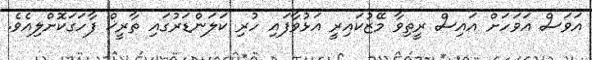
އަވަސް އަވަހަށް އައިސް ރީތިވާ މޭޒުކައިރީ އަޅުވާފައި ހުރި ކަލަންޑަރުގައި ތާރީޚް ފާހަގަކޮށްލިއެވެ.